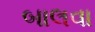
બાલવા